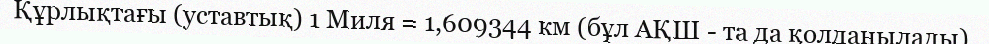
Құрлықтағы (уставтық) 1 Миля = 1,609344 км (бұл АҚШ - та да қолданылады).